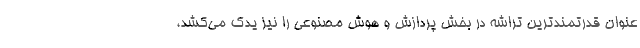
عنوان قدرتمندترین تراشه در بخش پردازش و هوش مصنوعی را نیز یدک می‌کشد،